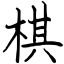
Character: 棋